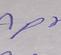
Signature authenticity: forged